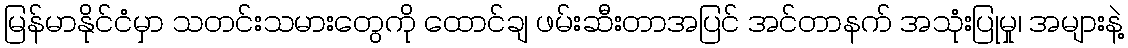
မြန်မာနိုင်ငံမှာ သတင်းသမားတွေကို ထောင်ချ ဖမ်းဆီးတာအပြင် အင်တာနက် အသုံးပြုမှု၊ အများနဲ့